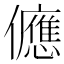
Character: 㒣